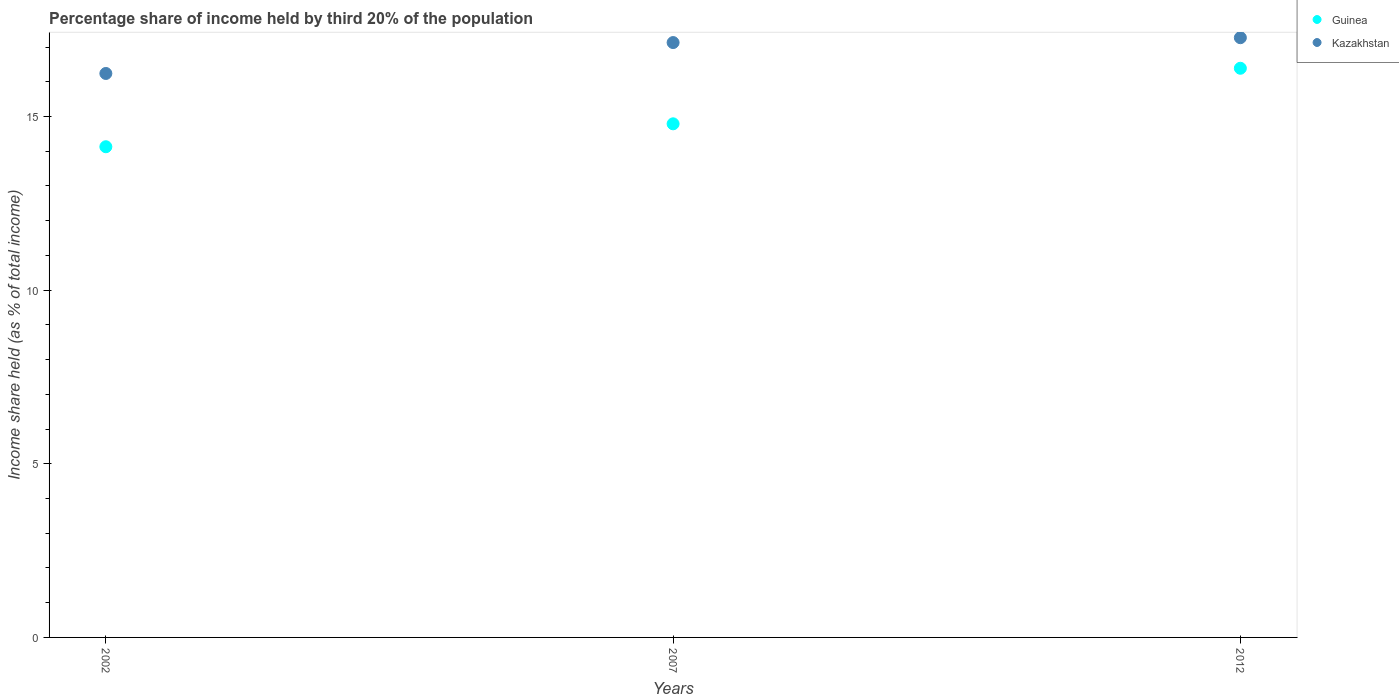
| Years | Guinea | Kazakhstan |
 | --- | --- | --- |
 | 2002 | 14.1 | 16.2 |
 | 2007 | 14.8 | 17.1 |
 | 2012 | 16.4 | 17.3 |